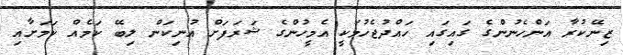
ޒިނޭކުރާ އަންހެނުންގެ ގައިގައި ހައްދުޖެހުމަކީ އެމީހުންގެ ޝަރަފަށް އުނިކަން ލިބޭ ކަމެއް ކަމަށާއި